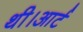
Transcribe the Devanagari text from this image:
थी।आर्ट